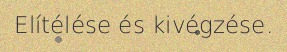
Elítélése és kivégzése.